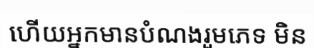
ហើយអ្នកមានបំណងរួមភេទ មិន